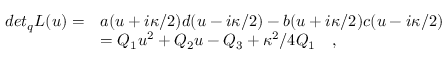
\begin{array} { l l } { { d e t _ { q } L ( u ) = } } & { { a ( u + i \kappa / 2 ) d ( u - i \kappa / 2 ) - b ( u + i \kappa / 2 ) c ( u - i \kappa / 2 ) } } \\ { { \, } } & { { = Q _ { 1 } u ^ { 2 } + Q _ { 2 } u - Q _ { 3 } + \kappa ^ { 2 } / 4 Q _ { 1 } \quad , } } \end{array}